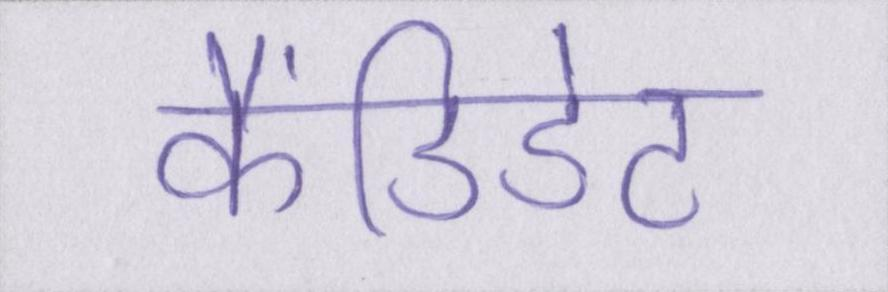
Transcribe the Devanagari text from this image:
कैंडिडेट